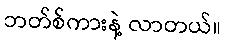
ဘတ်စ်ကားနဲ့ လာတယ်။